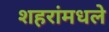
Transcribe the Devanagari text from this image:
शहरांमधले